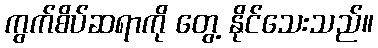
ကွက်စိပ်ဆရာကို တွေ့ နိုင်သေးသည်။